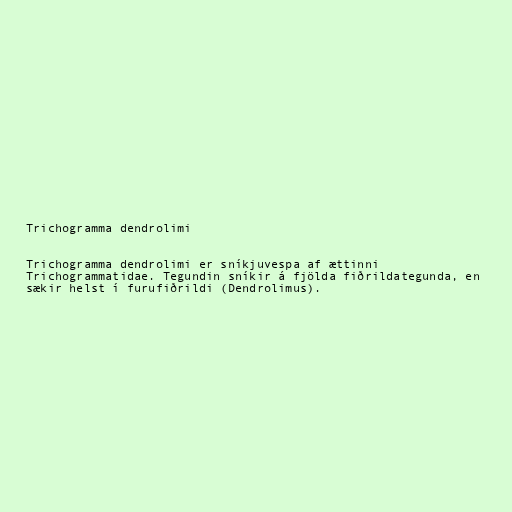
Trichogramma dendrolimi

Trichogramma dendrolimi er sníkjuvespa af ættinni
Trichogrammatidae. Tegundin sníkir á fjölda fiðrildategunda, en
sækir helst í furufiðrildi (Dendrolimus).